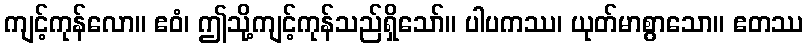
ကျင့်ကုန်လော။ ဧဝံ၊ ဤသို့ကျင့်ကုန်သည်ရှိသော်။ ပါပကဿ၊ ယုတ်မာစွာသော။ ဧတဿ